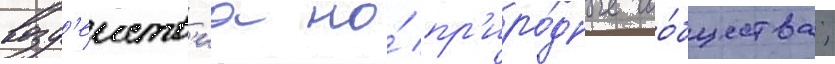
возд'еиств'иа на́ пр'иро́дные соо́бщества;